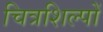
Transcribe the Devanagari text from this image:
चित्रशिल्पों